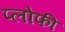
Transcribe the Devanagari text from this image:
प्लोफी